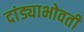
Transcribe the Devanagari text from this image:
दांड्याभोवती